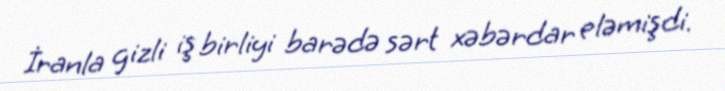
İranla gizli iş birliyi barədə sərt xəbərdar eləmişdi.